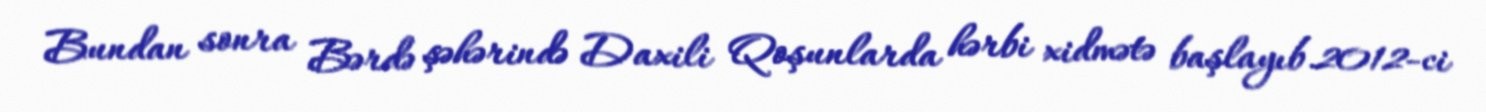
Bundan sonra Bərdə şəhərində Daxili Qoşunlarda hərbi xidmətə başlayıb.2012-ci